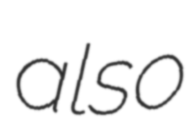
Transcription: also